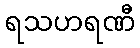
ရသဟရဏီ